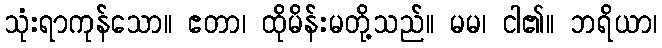
သုံးရာကုန်သော။ ဧတာ၊ ထိုမိန်းမတို့သည်။ မမ၊ ငါ၏။ ဘရိယာ၊